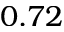
0 . 7 2